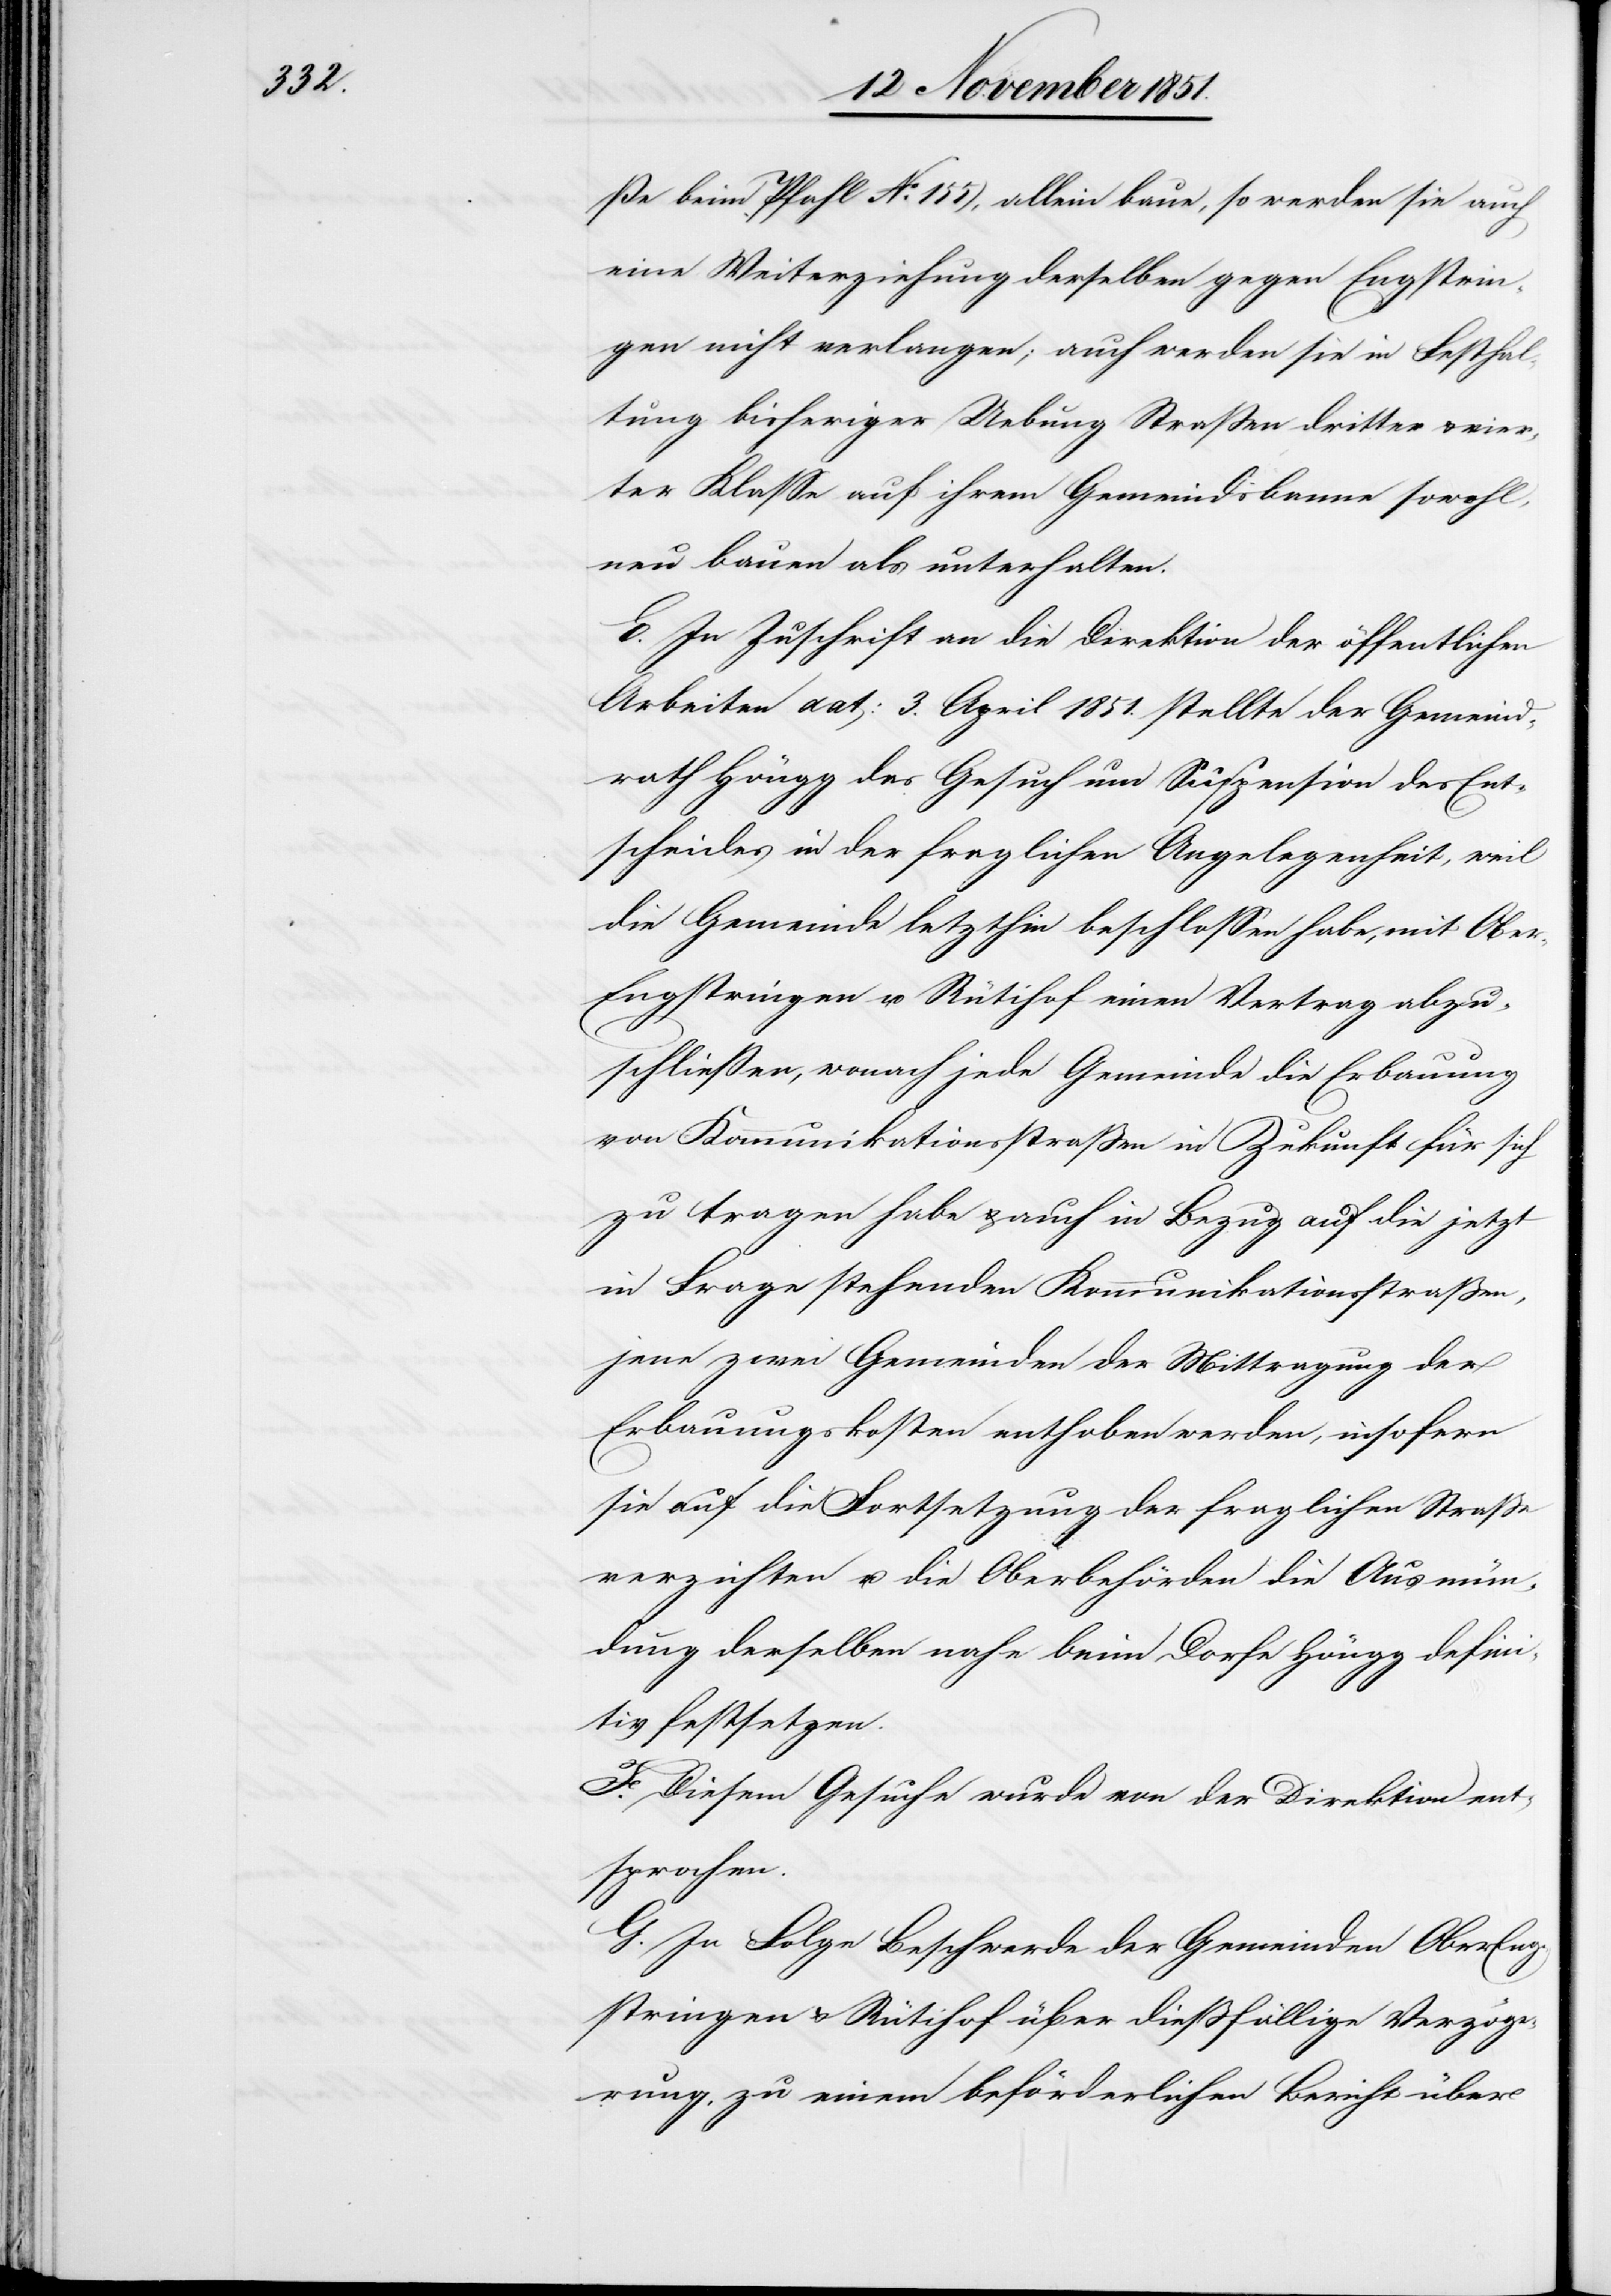
ße beim Pfahl No. 155), allein baue, so werden sie auch
eine Weiterziehung derselben gegen Engstrin¬
gen nicht verlangen; auch werden sie in Festhal¬
tung bisheriger Uebung Straßen dritter & vier¬
ter Klasse auf ihrem Gemeindsbanne sowohl,
neu bauen als unterhalten.
E. In Zuschrift an die Direktion der öffentlichen
Arbeiten dat: 3. April 1851. stellte der Gemeind¬
rath Höngg das Gesuch um Suspension des Ent¬
scheides in der fraglichen Angelegenheit, weil
die Gemeinde letzthin beschlossen habe, mit Obe¬
r-Engstringen u. Rütihof einen Vertrag abzu¬
schließen, wonach jede Gemeinde die Erbauung
von Kommunikationsstraßen in Zukunft für sich
zu tragen habe & auch in Bezug auf die jetzt
in Frage stehenden Kommunikationsstraßen,
jene zwei Gemeinden der Mittragung der
Erbauungskosten enthoben werden, insofern
sie auf die Fortsetzung der fraglichen Straße
verzichten u. die Oberbehörden die Ausmün¬
dung derselben nahe beim Dorfe Höngg defini¬
tiv festsetzen.
F. Diesem Gesuche wurde von der Direktion ent¬
sprochen.
G. In Folge Beschwerde der Gemeinden OberEng¬
stringen & Rütihof über dießfällige Verzög¬
erung, zu einem beförderlichen Bericht über